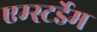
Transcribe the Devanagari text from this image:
एम्स्टर्डेम